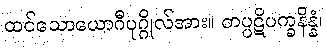
ထင်သောယောဂီပုဂ္ဂိုလ်အား။ တပ္ပဋိပက္ခနိန္နံ၊